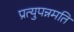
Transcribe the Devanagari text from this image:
प्रत्युपन्नमति